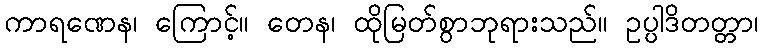
ကာရဏေန၊ ကြောင့်။ တေန၊ ထိုမြတ်စွာဘုရားသည်။ ဥပ္ပါဒိတတ္တာ၊